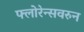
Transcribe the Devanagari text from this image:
फ्लोरेन्सवरुन